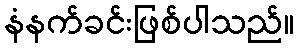
နံနက်ခင်းဖြစ်ပါသည်။